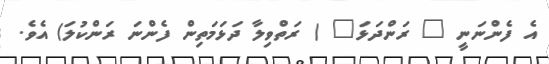
އެ ފެންނަނީ " ރަންދަޅަ" ( ރަތްވިލާ ދަޅަމަތިން ފެންނަ ރަންކުލަ) އެވެ.